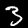
Digit: 3